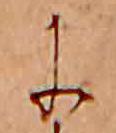
に